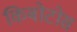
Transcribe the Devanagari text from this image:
किबोटोस